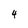
Character: 4